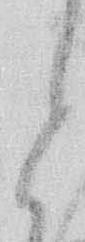
と